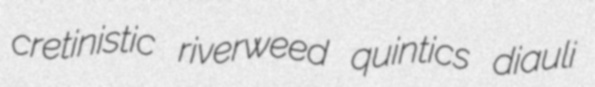
cretinistic riverweed quintics diauli